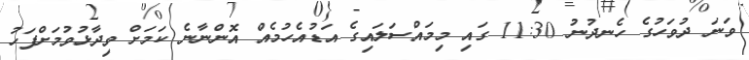
ވަނަ ދުވަހުގެ ހެނދުނު 11:30 ގައި މިމައްސަލައިގެ އަޑުއެހުމެއް އޮންނާނެ ކަމަށް ވިދާޅުވުމަށްފަހު